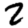
Digit: 2